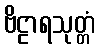
ဗိဠာရသုတ္တံ